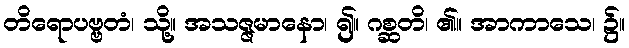
တိရောပဗ္ဗတံ၊ သို့။ အသဇ္ဇမာနော၊ ၍။ ဂစ္ဆတိ၊ ၏။ အာကာသေ၊ ၌။